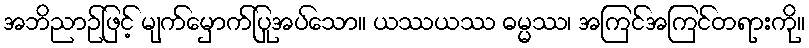
အဘိညာဉ်ဖြင့် မျက်မှောက်ပြုအပ်သော။ ယဿယဿ ဓမ္မဿ၊ အကြင်အကြင်တရားကို။